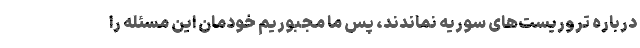
درباره تروریست‌های سوریه نماندند، پس ما مجبوریم خودمان این مسئله را